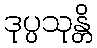
ဒုပ္ပသုန္တိ